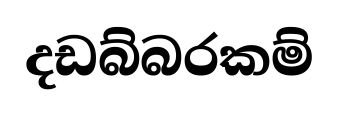
දඩබ්බරකම්